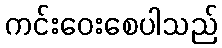
ကင်းဝေးစေပါသည်